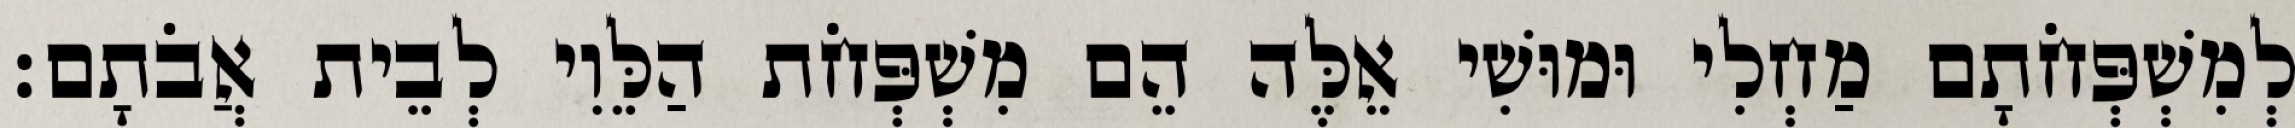
לְמִשְׁפְּחֹתָם מַחְלִי וּמוּשִׁי אֵלֶּה הֵם מִשְׁפְּחֹת הַלֵּוִי לְבֵית אֲבֹתָם׃